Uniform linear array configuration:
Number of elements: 32
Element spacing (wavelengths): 0.5
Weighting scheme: hann
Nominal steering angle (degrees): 0
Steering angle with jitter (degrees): -0.05269
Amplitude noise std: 0.05
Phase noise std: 0.05

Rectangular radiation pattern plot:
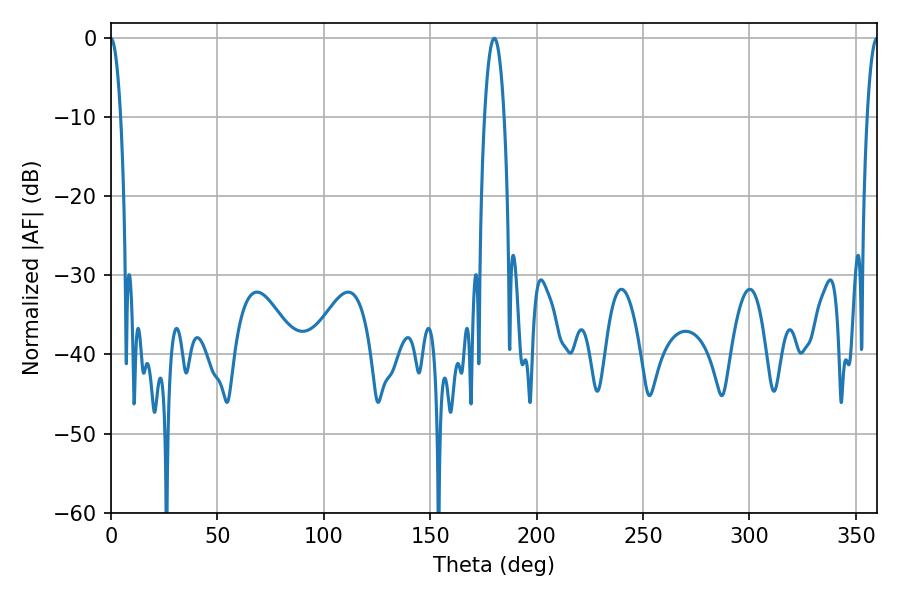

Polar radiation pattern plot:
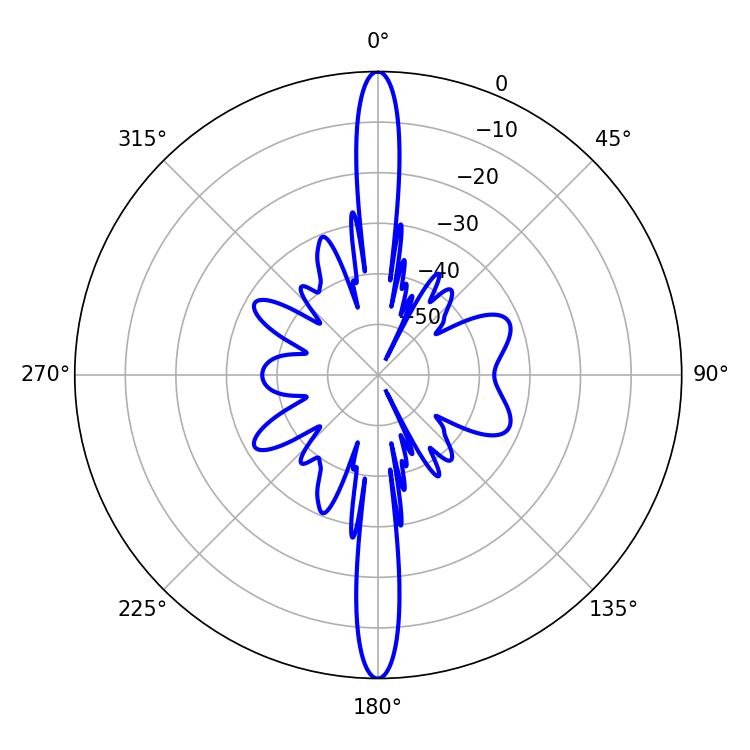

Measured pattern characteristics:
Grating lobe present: FALSE
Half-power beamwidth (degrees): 5.22
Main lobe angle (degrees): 180.18